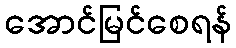
အောင်မြင်စေရန်